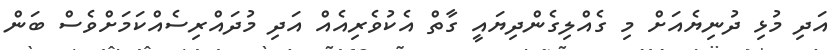
އަދި މުޅި ދުނިޔެއަށް މި ގެއްލިގެންދިޔައީ ގާތް އެކުވެރިއެއް އަދި މުދައްރިސެއްކަމަށްވެސް ބަން